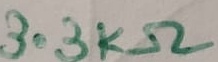
Text: 3.3KΩ